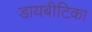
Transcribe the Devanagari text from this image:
डायबीटिका